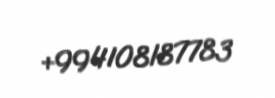
+994108187783